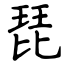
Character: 琵